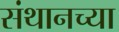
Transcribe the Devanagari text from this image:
संथानच्या